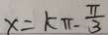
x = k \pi - \frac { \pi } { 3 }